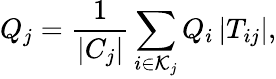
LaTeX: Q_{j}=\frac{1}{|C_{j}|}\sum_{i\in\mathcal{K}_{j}}Q_{i}\, |T_{ij}|,